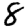
Digit: 8